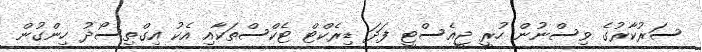
ސަރުކާރުގެ ވިސްނުން ހުރީ ޖީއެސްޓީ ފަދަ ޑިރެކްޓް ޓެކްސްތަކާއި އެކު އިގްތިސޯދު ހިންގުން